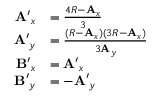
{ \begin{array} { r l } { \mathbf { A ^ { \prime } } _ { x } } & { = { \frac { 4 R - \mathbf { A } _ { x } } { 3 } } } \\ { \mathbf { A ^ { \prime } } _ { y } } & { = { \frac { ( R - \mathbf { A } _ { x } ) ( 3 R - \mathbf { A } _ { x } ) } { 3 \mathbf { A } _ { y } } } } \\ { \mathbf { B ^ { \prime } } _ { x } } & { = \mathbf { A ^ { \prime } } _ { x } } \\ { \mathbf { B ^ { \prime } } _ { y } } & { = - \mathbf { A ^ { \prime } } _ { y } } \end{array} }